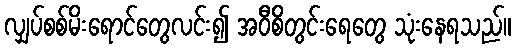
လျှပ်စစ်မိးရောင်တွေလင်း၍ အဝီစိတွင်းရေတွေ သုံးနေရသည်။